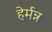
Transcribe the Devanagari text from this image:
हेर्मन्न